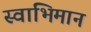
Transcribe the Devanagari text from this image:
स्‍वाभिमान